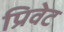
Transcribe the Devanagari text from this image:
प्रिवेट